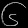
Digit: ၆